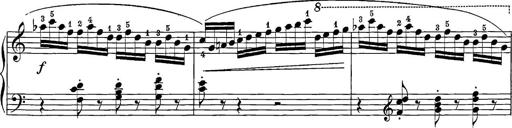
Title: 12 Sonatine per Pianoforte
Composer: Friedrich Kuhlau